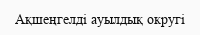
Ақшеңгелді ауылдық округі